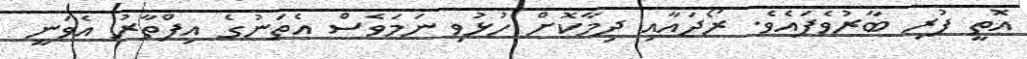
އޮތީ ފުރި ބާރުވެފައެވެ. ރޯދައާއި ދިމާކޮށް ހުޅުވި ނަމަވެސް އެތަނުގެ އިފްތާރު އެވަނީ